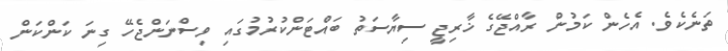
ތަނެކެވެ. އެހެން ކަމުން ރާއްޖޭގެ ޚާރިޖީ ސިޔާސަތު ބައްޓަންކުރުމުގައި ވިސްނަންޖެހޭ ގިނަ ކަންކަން